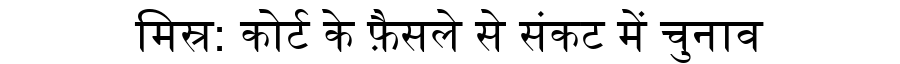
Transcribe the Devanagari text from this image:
मिस्र: कोर्ट के फ़ैसले से संकट में चुनाव